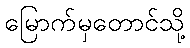
မြောက်မှတောင်သို့